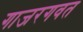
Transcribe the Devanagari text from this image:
गाजरगवत